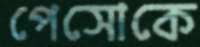
পেসোকে